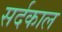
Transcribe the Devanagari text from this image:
सर्दकाल